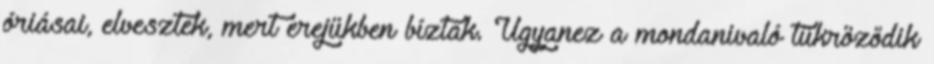
óriásai, elvesztek, mert erejükben bíztak. Ugyanez a mondanivaló tükröződik